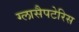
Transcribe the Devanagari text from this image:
ग्लासैपटेरिस